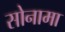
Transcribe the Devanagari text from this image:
सोनामा